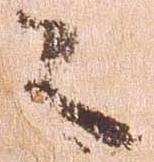
々